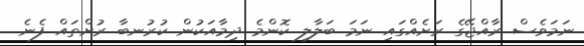
ނަމަވެސް ރާއްޖޭގެ ރަށެއްގައި ނަމަ ބަލާލި ކޮންމެ ދިމާއަކުން ކުރުނބާ ރުށްތައް ފެނެ